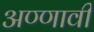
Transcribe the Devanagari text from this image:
अण्णावी